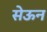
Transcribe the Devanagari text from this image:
सेऊन